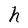
Character: h